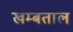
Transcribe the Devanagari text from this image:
खम्बताल